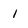
Character: 1